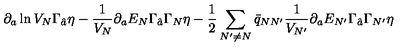
\partial _ { a } \ln V _ { N } \Gamma _ { \hat { a } } \eta - { \frac { 1 } { V _ { N } } } \partial _ { a } E _ { N } \Gamma _ { \hat { a } } \Gamma _ { N } \eta - { \frac { 1 } { 2 } } \sum _ { N ^ { \prime } \neq N } \bar { q } _ { N N ^ { \prime } } { \frac { 1 } { V _ { N ^ { \prime } } } } \partial _ { a } E _ { N ^ { \prime } } \Gamma _ { \hat { a } } \Gamma _ { N ^ { \prime } } \eta \qquad \qquad